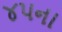
૪૫ના